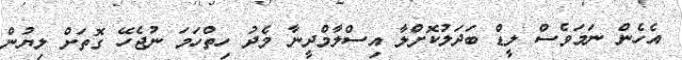
އެހެން ނަމަވެސް ލީޑް ބަދަލުކޮށްލާ އިސްލާމްދީނާ މެދު ހިތްހަމަ ނުޖެހޭ ގޮތަށް ލިޔުން